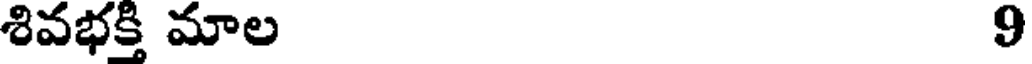
శివభక్తి మాల 9